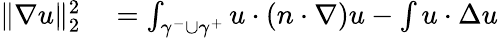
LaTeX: \begin{array}{rl}{\| \nabla u\| _{2}^{2}}&{{}=\int_{\gamma^{-}\cup\gamma^{+}}u\cdot(n\cdot\nabla)u-\int u\cdot\Delta u}\end{array}